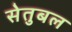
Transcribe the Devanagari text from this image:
सेतुबल